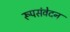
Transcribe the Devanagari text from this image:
रूपसंवेदन